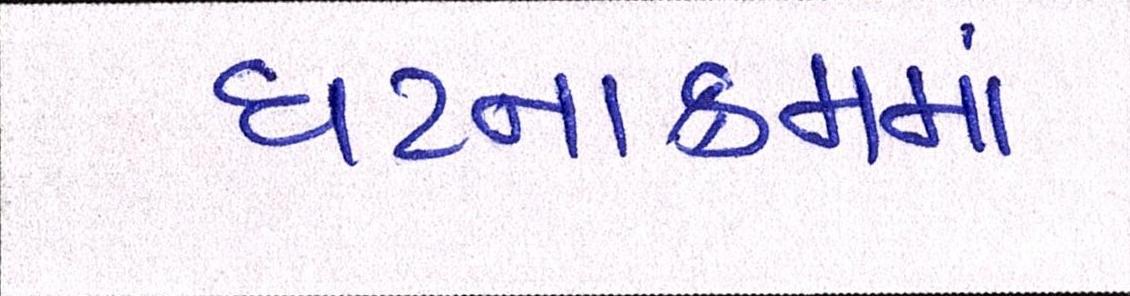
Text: ઘટનાક્રમમાં